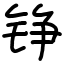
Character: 铮